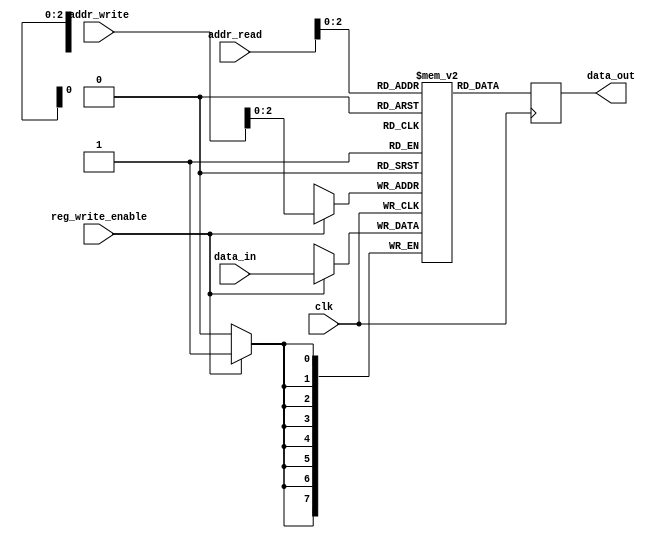
module RegisterFile
#(
    parameter NUM_REGISTERS = 8,   // Number of registers in the file
    parameter REG_WIDTH = 8         // Width of each register
)
(
    input wire clk,                // Clock signal
    input wire [NUM_REGISTERS-1:0] addr_read,  // Address for reading data
    input wire [NUM_REGISTERS-1:0] addr_write, // Address for writing data
    input wire reg_write_enable,    // Write enable signal
    input wire [REG_WIDTH-1:0] data_in,       // Data input for writing
    output reg [REG_WIDTH-1:0] data_out      // Data output for reading
);

reg [REG_WIDTH-1:0] registers [NUM_REGISTERS-1:0];

always @(posedge clk) begin
    if (reg_write_enable) begin
        registers[addr_write] <= data_in;
    end
    data_out <= registers[addr_read];
end

endmodule